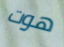
هوت